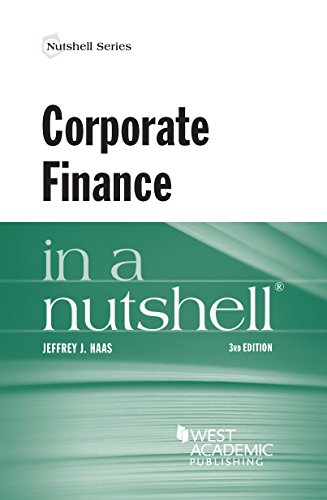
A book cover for Corporate Finance in a Nutshell; Jeffrey Haas; Law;